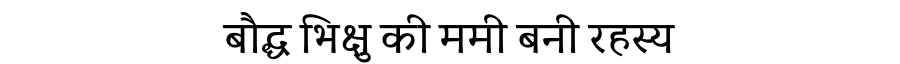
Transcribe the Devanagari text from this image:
बौद्ध भिक्षु की ममी बनी रहस्य